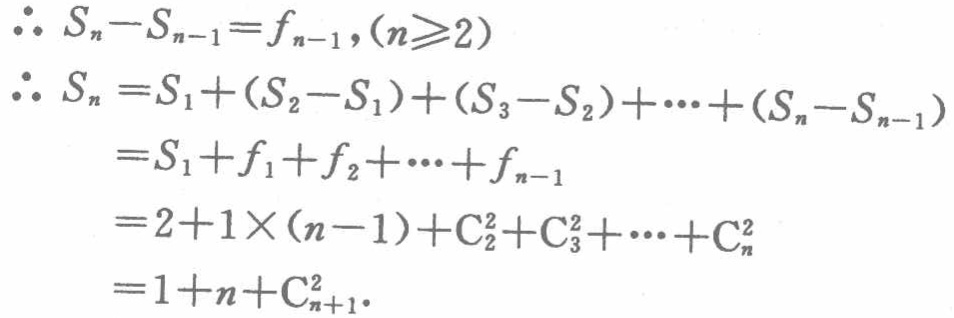
\begin{align*}
&\therefore S_{n}-S_{n - 1}=f_{n - 1},(n\geqslant2)\\
&\therefore S_{n}=S_{1}+(S_{2}-S_{1})+(S_{3}-S_{2})+\cdots+(S_{n}-S_{n - 1})\\
&=S_{1}+f_{1}+f_{2}+\cdots+f_{n - 1}\\
&=2 + 1\times(n - 1)+\mathrm{C}_{2}^{2}+\mathrm{C}_{3}^{2}+\cdots+\mathrm{C}_{n}^{2}\\
&=1 + n+\mathrm{C}_{n + 1}^{2}.
\end{align*}